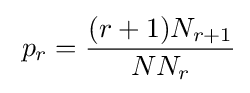
\;p_{r}={\frac {(r+1)N_{r+1}}{NN_{r}}}